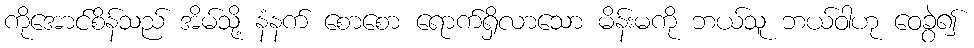
ကိုအောင်စိန်သည် အိမ်သို့ နံနက် စောစော ရောက်ရှိလာသော မိန်းမကို ဘယ်သူ ဘယ်ဝါဟု ဝေခွဲ၍